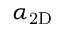
\alpha _ { \mathrm { 2 D } }